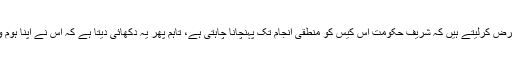
تاہم ایک لمحے کے لیے فرض کرلیتے ہیں کہ شریف حکومت اس کیس کو منطقی انجام تک پہنچانا چاہتی ہے، تاہم پھر یہ دکھائی دیتا ہے کہ اس نے اپنا ہوم ورک اچھی طرح نہیں کیا۔